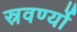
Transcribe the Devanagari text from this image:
स्रवर्ण्यो